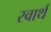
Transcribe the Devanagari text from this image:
स्‍वार्थ